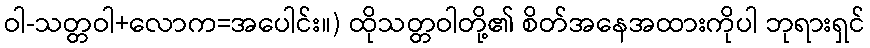
ဝါ-သတ္တဝါ+လောက=အပေါင်း။) ထိုသတ္တဝါတို့၏ စိတ်အနေအထားကိုပါ ဘုရားရှင်